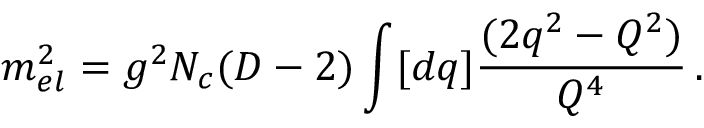
m _ { e l } ^ { 2 } = g ^ { 2 } N _ { c } ( D - 2 ) \int [ d q ] { \frac { ( 2 q ^ { 2 } - Q ^ { 2 } ) } { Q ^ { 4 } } } \, .